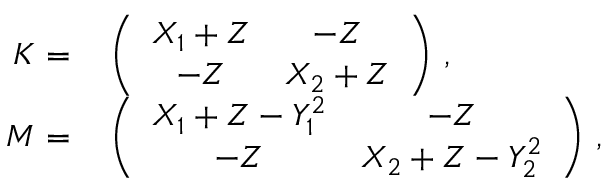
\begin{array} { r l } { \boldsymbol { K } = } & { { } \left( \begin{array} { c c } { X _ { 1 } + Z } & { - Z } \\ { - Z } & { X _ { 2 } + Z } \end{array} \right) \, , } \\ { \boldsymbol { M } = } & { { } \left( \begin{array} { c c } { X _ { 1 } + Z - Y _ { 1 } ^ { 2 } } & { - Z } \\ { - Z } & { X _ { 2 } + Z - Y _ { 2 } ^ { 2 } } \end{array} \right) \, , } \end{array}